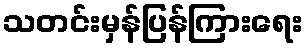
သတင်းမှန်ပြန်ကြားရေး